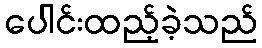
ပေါင်းထည့်ခဲ့သည်